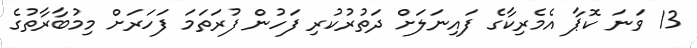
13 ވަނަ ކޮޕާ އެމެރިކާގެ ފައިނަލަށް ދަތުރުކުރި ފަހުން ފުރަތަމަ ފަހަރަށް މިމުބާރާތުގެ